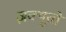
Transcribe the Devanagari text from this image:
ज़क्यूतो